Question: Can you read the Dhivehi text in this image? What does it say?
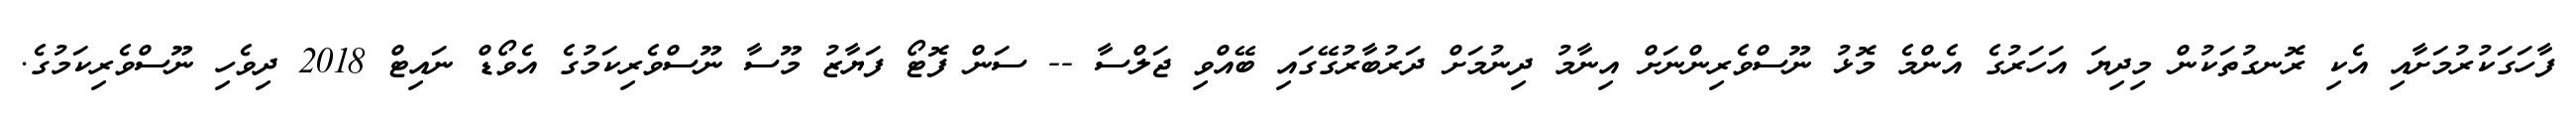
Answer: ފާހަގަކުރުމަށާއި އެކި ރޮނގުތަކުން މިދިޔަ އަހަރުގެ އެންމެ މޮޅު ނޫސްވެރިންނަށް އިނާމު ދިނުމަށް ދަރުބާރުގޭގައި ބޭއްވި ޖަލްސާ -- ސަން ފޮޓޯ ފަޔާޒު މޫސާ ނޫސްވެރިކަމުގެ އެވޯޑް ނައިޓް 2018 ދިވެހި ނޫސްވެރިކަމުގެ.